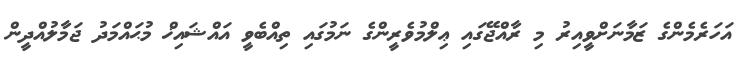
އަހަރެމެންގެ ޒަމާނަށްވީއިރު މި ރާއްޖޭގައި ޢިލްމުވެރީންގެ ނަމުގައި ތިއްބެވީ އައްޝައިޚް މުޙައްމަދު ޖަމާލުއްދީން